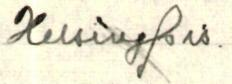
Helsingfors.